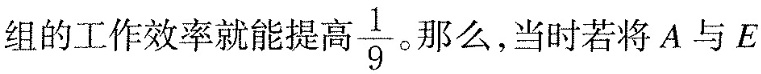
组的工作效率就能提高 \frac{1}{9} 。那么，当时若将A与E